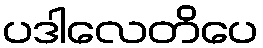
ပဒါလေတိပေ